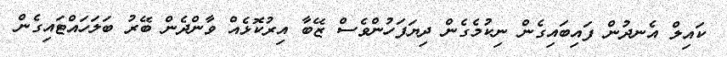
ކައިލް އެނދުން ފައިބައިގެން ނިކުމެގެން ދިޔަފަހުންވެސް ޒޭބާ އިރުކޮޅެއް ވާންދެން ބޭރު ބަލަހައްޓައިގެން